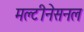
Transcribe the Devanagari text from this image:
मल्टीनेसनल